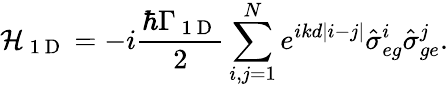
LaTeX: \mathcal{H}_{\mathrm{~1~D~}}=-i\frac{\hbar\Gamma_{\mathrm{~1~D~}}}{2}\sum_{i,j=1}^{N}e^{ikd|i-j|}\hat{\sigma}_{eg}^{i}\hat{\sigma}_{ge}^{j}.